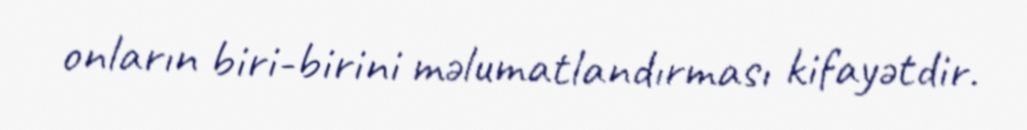
onların biri-birini məlumatlandırması kifayətdir.